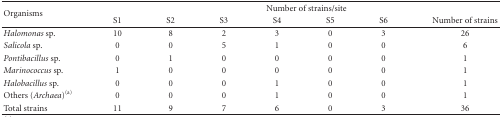
<table><thead><tr><td rowspan="2"><b>Organisms</b></td><td colspan="7"><b>Number of strains/site</b></td></tr><tr><td><b>S1</b></td><td><b>S2</b></td><td><b>S3</b></td><td><b>S4</b></td><td><b>S5</b></td><td><b>S6</b></td><td><b>Number of strains </b></td></tr></thead><tbody><tr><td><i>Halomonas</i> sp.</td><td>10</td><td>8</td><td>2</td><td>3</td><td>0</td><td>3</td><td>26</td></tr><tr><td><i>Salicola</i> sp.</td><td>0</td><td>0</td><td>5</td><td>1</td><td>0</td><td>0</td><td>6</td></tr><tr><td><i>Pontibacillus</i> sp.</td><td>0</td><td>1</td><td>0</td><td>0</td><td>0</td><td>0</td><td>1</td></tr><tr><td><i>Marinococcus</i> sp.</td><td>1</td><td>0</td><td>0</td><td>0</td><td>0</td><td>0</td><td>1</td></tr><tr><td><i>Halobacillus</i> sp.</td><td>0</td><td>0</td><td>0</td><td>1</td><td>0</td><td>0</td><td>1</td></tr><tr><td>Others (Archaea)<sup>(a)</sup></td><td>0</td><td>0</td><td>0</td><td>1</td><td>0</td><td>0</td><td>1</td></tr><tr><td>Total strains</td><td>11</td><td>9</td><td>7</td><td>6</td><td>0</td><td>3</td><td>36</td></tr></tbody></table>